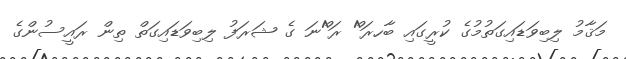
މަޤާމު ލިބިވަޑައިގަތުމުގެ ކުރީގައި ބާހރަ^ް ރަ^ްނަ ގެ ޝަރަފު ލިބިވަޑައިގަތް ތިން ރައީސުންގެ